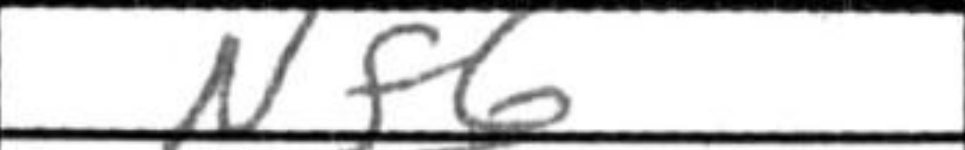
Transcription: Nf6